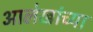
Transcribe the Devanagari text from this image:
आलेखांच्या